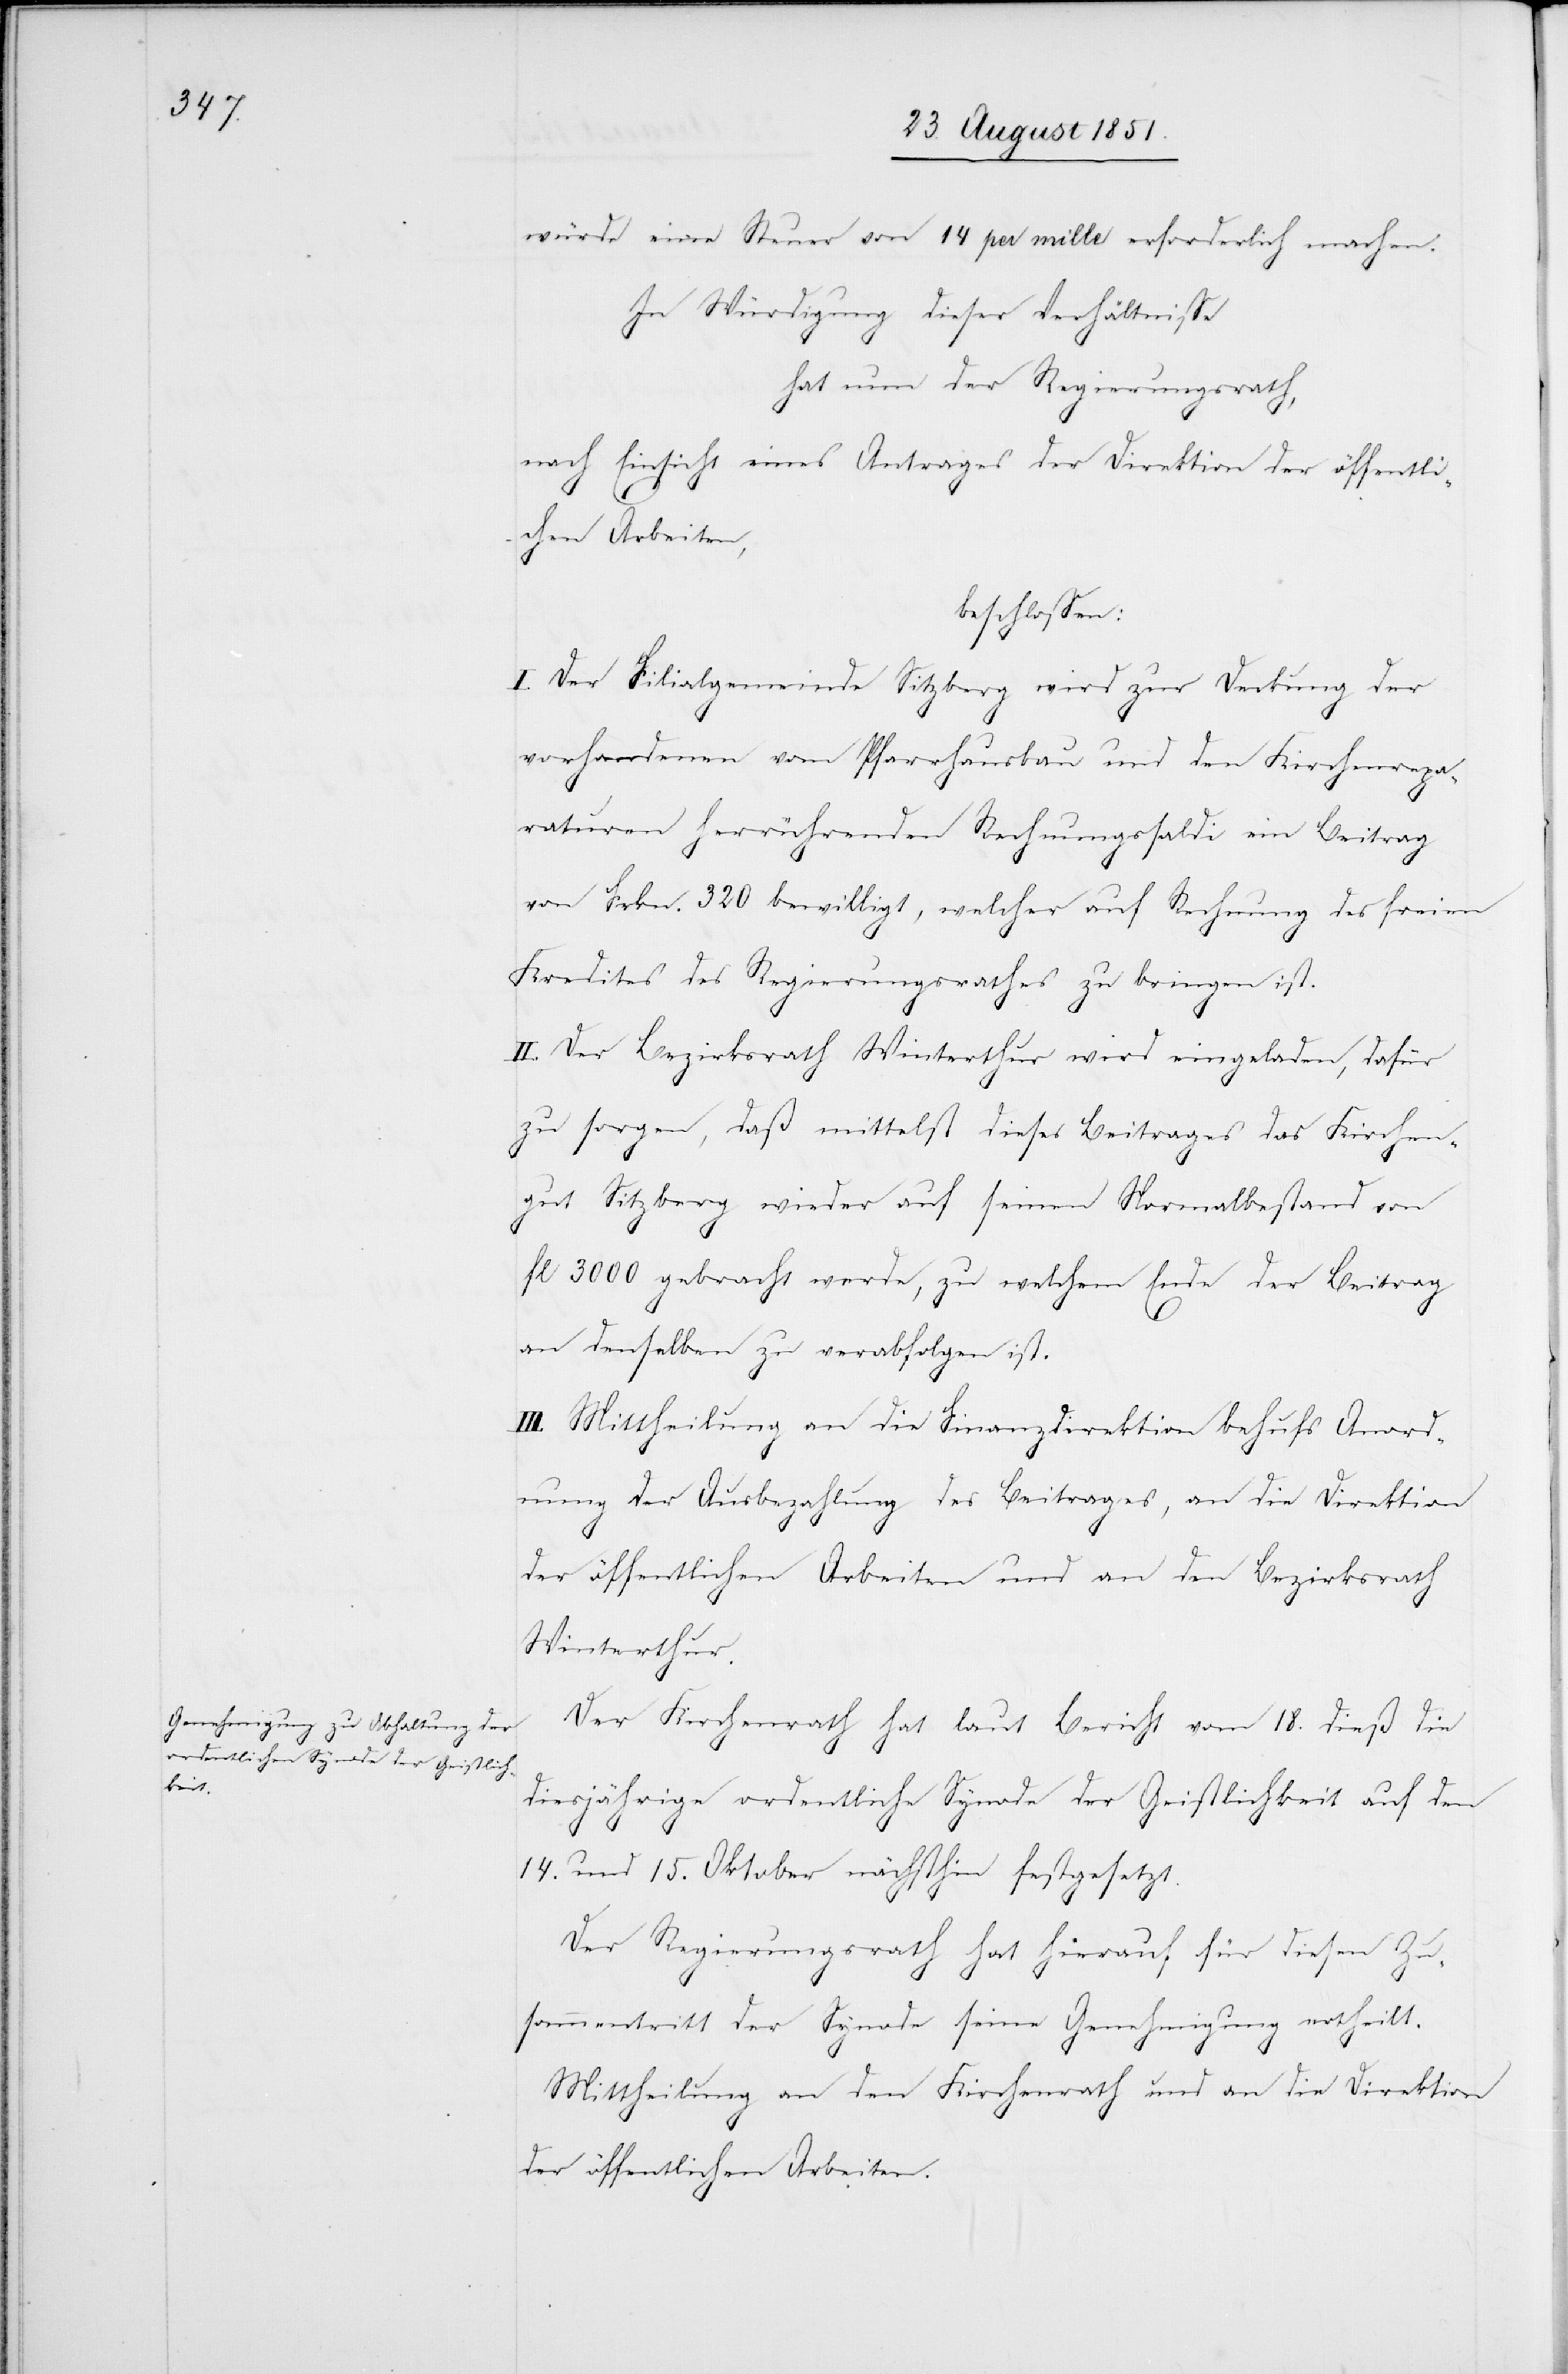
würde eine Steuer von 14 per mille erforderlich machen.
In Würdigung dieser Verhältnisse
hat nun der Regierungsrath,
nach Einsicht eines Antrages der Direktion der öffentli¬
chen Arbeiten,
beschlossen:
I. Der Filialgemeinde Sitzberg wird zur Deckung der
vorhandenen vom Pfarrhausbau und den Kirchenrepa¬
raturen herrührenden Rechnungssaldi ein Beitrag
von Frkn. 320 bewilligt, welcher auf Rechnung des freien
Kredites des Regierungsrathes zu bringen ist.
II. Der Bezirksrath Winterthur wird eingeladen, dafür
zu sorgen, daß mittelst dieses Beitrages das Kirchen¬
gut Sitzberg wieder auf seinen Normalbestand von
fl 3000 gebracht werde, zu welchem Ende der Beitrag
an denselben zu verabfolgen ist.
III. Mittheilung an die Finanzdirektion behufs Anord¬
nung der Ausbezahlung des Beitrages, an die Direktion
der öffentlichen Arbeiten und an den Bezirksrath
Winterthur.
Der Kirchenrath hat laut Bericht vom 18. dieß die
diesjährige ordentliche Synode der Geistlichkeit auf den
14. und 15. Oktober nächsthin festgesetzt.
Der Regierungsrath hat hierauf für diesen Zu¬
sammentritt der Synode seine Genehmigung ertheilt.
Mittheilung an den Kirchenrath und an die Direktion
der öffentlichen Arbeiten.